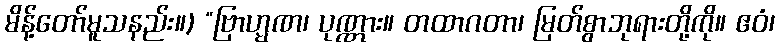
မိန့်တော်မူသနည်း။) “ဗြာဟ္မဏ၊ ပုဏ္ဏား။ တထာဂတာ၊ မြတ်စွာဘုရားတို့ကို။ ဧဝံ၊